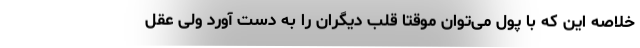
خلاصه این که با پول می‌توان موقتا قلب دیگران را به دست آورد ولی عقل